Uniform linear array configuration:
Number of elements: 32
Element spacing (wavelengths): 0.25
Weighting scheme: hamming
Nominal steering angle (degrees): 30
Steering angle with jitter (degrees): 29.027
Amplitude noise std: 0.05
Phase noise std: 0.05

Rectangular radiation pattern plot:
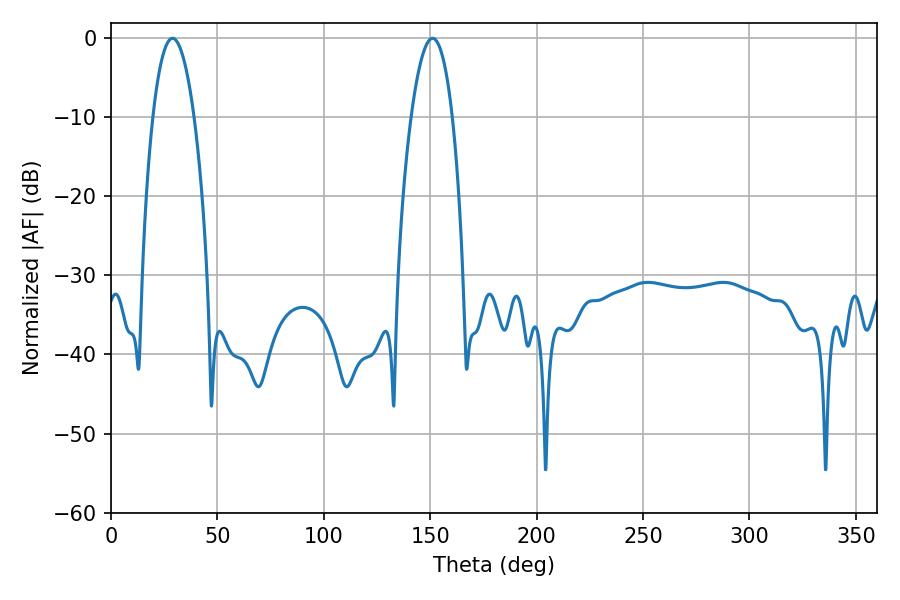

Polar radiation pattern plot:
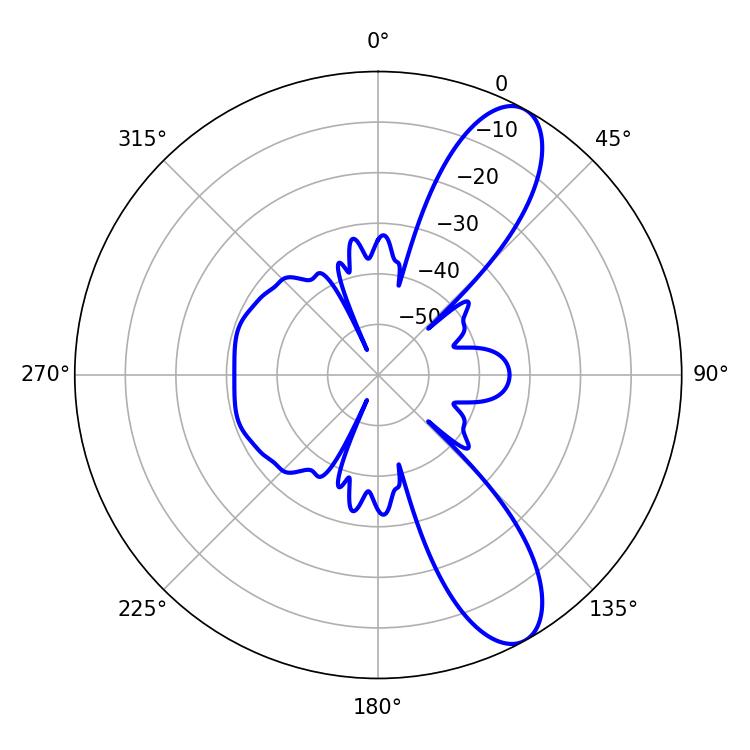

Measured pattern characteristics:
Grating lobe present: FALSE
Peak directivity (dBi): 10.141
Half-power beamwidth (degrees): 10.8
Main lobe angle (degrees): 28.98